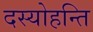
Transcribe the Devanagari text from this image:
दस्योहन्ति